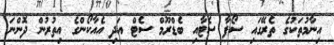
އިނާމުތަކުގެ ތެރޭގައި ސޯފާ ސެޓާއި ބެޑްރޫމް ސެޓް އަދި އެއާކޯންގެ އިތުރުން ދޮންނަ